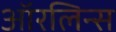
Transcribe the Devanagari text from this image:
ऑरलिन्स